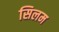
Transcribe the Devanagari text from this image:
सिलम